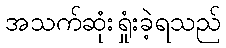
အသက်ဆုံးရှုံးခဲ့ရသည်